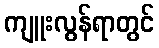
ကျူးလွန်ရာတွင်